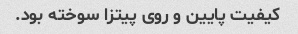
کیفیت پایین و روی پیتزا سوخته بود.